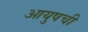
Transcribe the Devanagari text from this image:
आयुषची